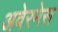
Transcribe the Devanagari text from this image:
अवेरनेस